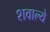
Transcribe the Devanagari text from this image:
शवाल्ये